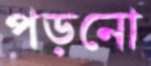
পড়নো